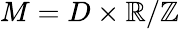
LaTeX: M=D\times\mathbb{R}/\mathbb{Z}